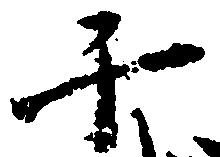
千